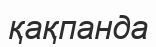
қақпанда